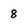
Character: 8